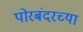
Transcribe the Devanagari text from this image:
पोरबंदरच्या